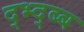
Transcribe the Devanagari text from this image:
द्भ्द्ब्ब